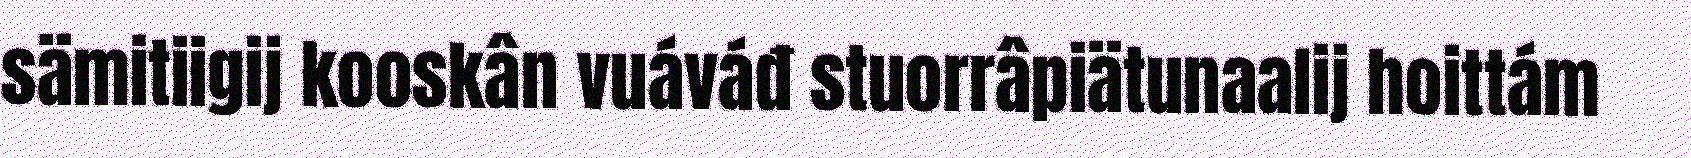
sämitiigij kooskân vuáváđ stuorrâpiätunaalij hoittám